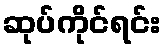
ဆုပ်ကိုင်ရင်း